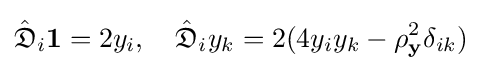
{\hat {\mathfrak {D}}}_{i}\mathbf {1} =2y_{i},\quad {\hat {\mathfrak {D}}}_{i}y_{k}=2(4y_{i}y_{k}-\rho _{\mathbf {y} }^{2}\delta _{ik})